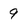
Character: 9